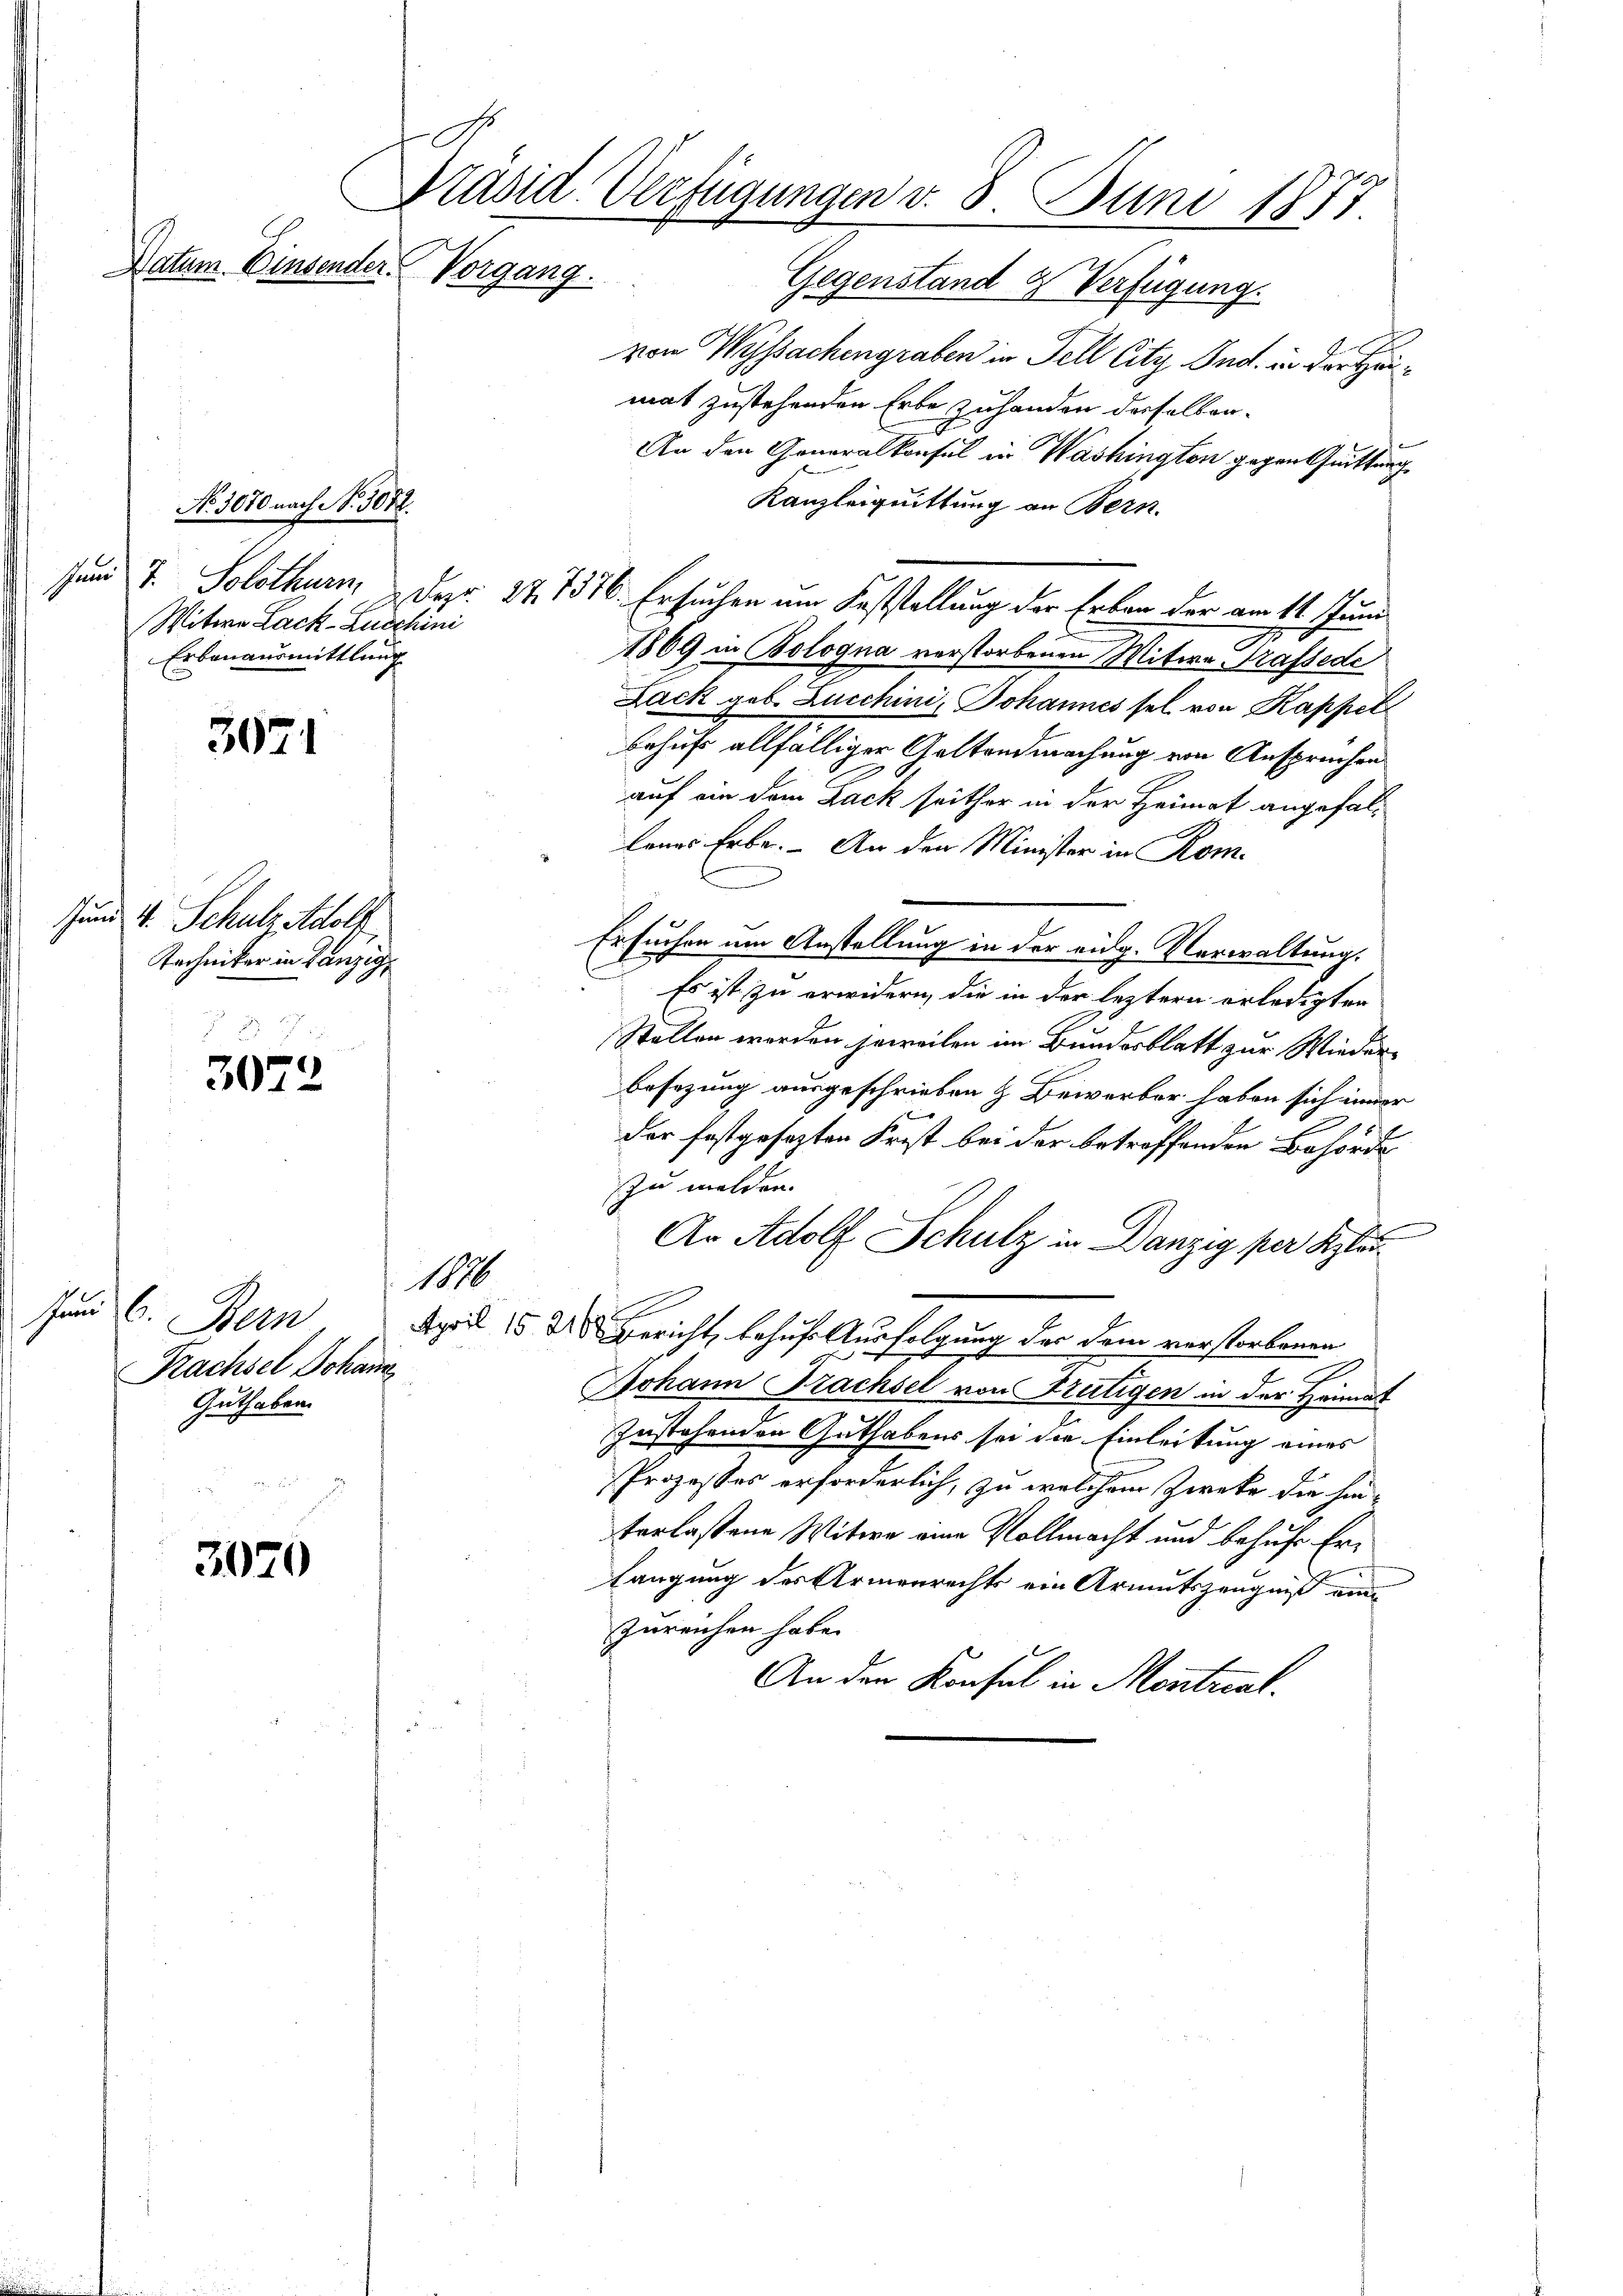
No 1070 nach No. 3072.
sund 7. Solothurn
Witwe Lack-Luschini
Erbenausmittlung

3971

Hund 4. Schulz Adolf
Techniker in Lanzig

3022

3070

Präsid Verfügungen v. 8. Juni 1871
Datum Einsender Vorgang.
Gegenstand & Verfügung.

Juni l.
Bern
Prachsel Johann
Guthaben.

von Wyssachengraben in Fell City And. in der Heimat zustehenden Erbe zuhanden derselben
An den Generalkonsul in Washington gegen Quittung
Kanzleiquittung an Bern.
1869 in Bologna verstorbenen Witwe Trafsede
Lack geb. Lucchini, Johannes sel. von Kappel
behufs allfälliger Geltendmachung von Anspruchen
auf ein dem Lack seither in der Heimat angefallanes Erbe. - An den Minister in Rom-
Ersuchen um Anstellung in der eidg. Verwaltung.
Es ist zu erwidern, die in der leztern erledigten
Stellen worden jeweilen im Bundesblatt zur Wiederbesezung ausgeschrieben & Beiverber haben sich immer
der festgesezten Frist bei der betreffenden Behörde
zu melden.
An Adolf Schulz in Danzig per Kla
1876
April 15 d Gericht, behufs Ausfolgung der dem verstorbenen
.
Johann Trachsel von Frutigen in der Heimat
Zustehenden Guthabens sei die Einleitung eines
Prozesses erforderlich, zu welchem Zweke die hin-
terlassene Witwe eine Vollmacht und behufe Er¬
Langung des Armenrechts ein Armutszeugniß ein
zureichen habe.
An den Konsul in Montral¬

Dez. 27. 7576. Ersuchen am Feststellung der Erben der am 14. Juni